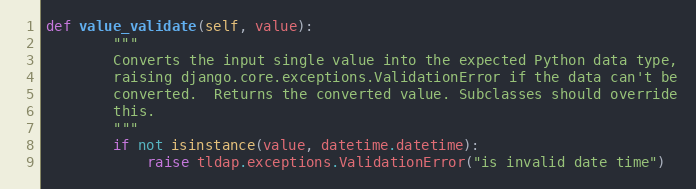
Language: Python
def value_validate(self, value):
        """
        Converts the input single value into the expected Python data type,
        raising django.core.exceptions.ValidationError if the data can't be
        converted.  Returns the converted value. Subclasses should override
        this.
        """
        if not isinstance(value, datetime.datetime):
            raise tldap.exceptions.ValidationError("is invalid date time")